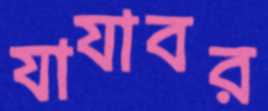
যাযাবর